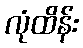
လုံထိန်း